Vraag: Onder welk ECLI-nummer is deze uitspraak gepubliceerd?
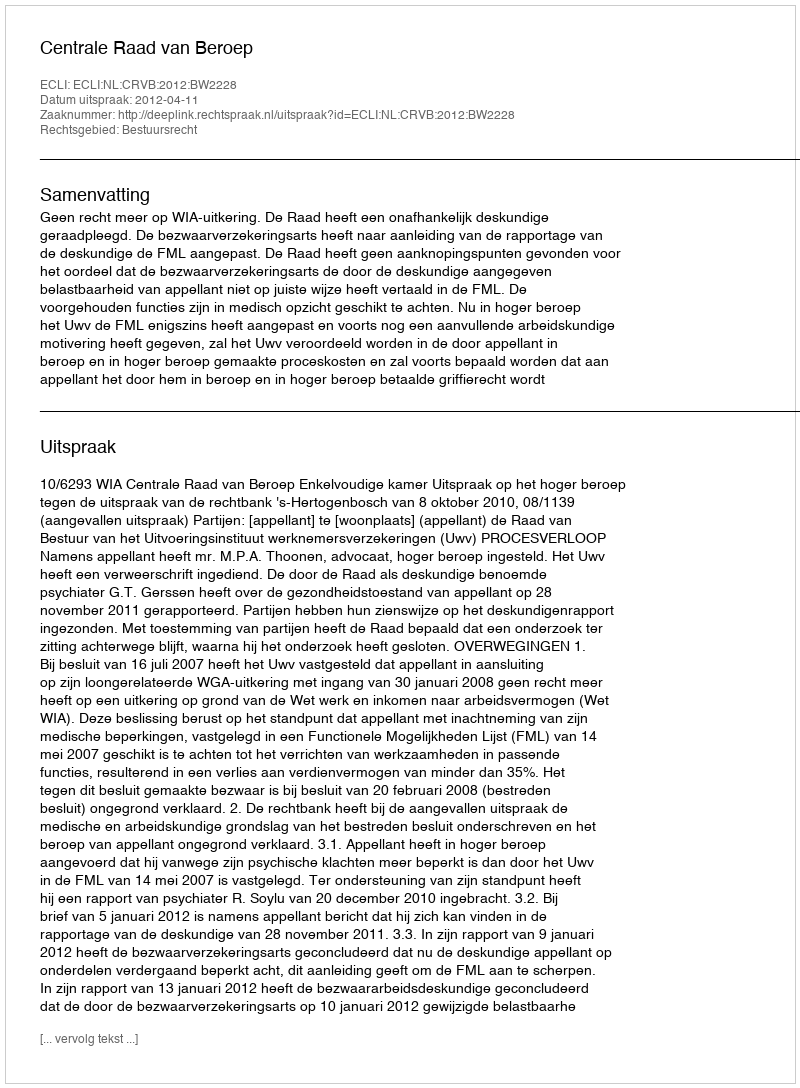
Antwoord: ECLI:NL:CRVB:2012:BW2228